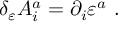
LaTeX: \delta _ { \varepsilon } A _ { i } ^ { a } = \partial _ { i } \varepsilon ^ { a } \ .